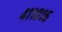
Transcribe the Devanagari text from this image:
४११०१६